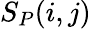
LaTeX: S_{P}(i,j)